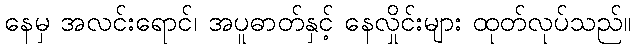
နေမှ အလင်းရောင်၊ အပူဓာတ်နှင့် နေလှိုင်းများ ထုတ်လုပ်သည်။